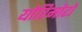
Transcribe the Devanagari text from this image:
योरिमोटो